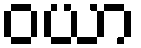
ဝယာ